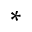
^ { * }